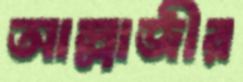
আল্লাজীর